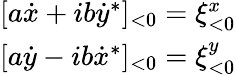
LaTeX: \begin{array}{c}{{{[}a\dot{x}+ib\dot{y}^{*}{]}_{<0}=\xi_{<0}^{x}}}\\ {{{[}a\dot{y}-ib\dot{x}^{*}{]}_{<0}=\xi_{<0}^{y}}}\end{array}